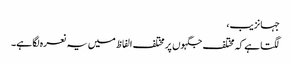
جہانزیب،
لگتا ہے کہ مختلف جگہوں پر مختلف الفاظ میں یہ نعرہ لگا ہے۔